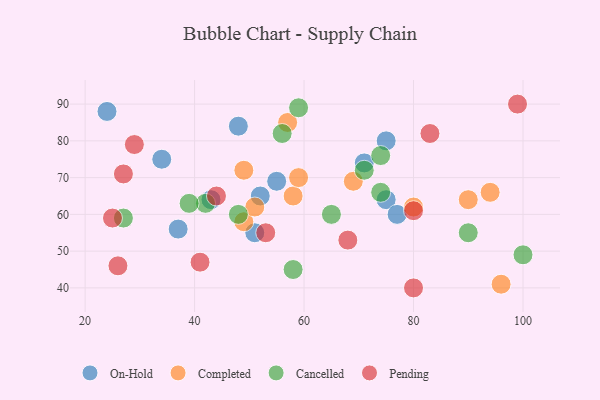
{"axis": {"x": "GDP", "y": "Life Expectancy"}, "legend": ["Cancelled", "Completed", "On-Hold", "Pending"], "data": [{"x": "71", "y": 74, "type": "On-Hold"}, {"x": "34", "y": 75, "type": "On-Hold"}, {"x": "52", "y": 65, "type": "On-Hold"}, {"x": "24", "y": 88, "type": "On-Hold"}, {"x": "75", "y": 64, "type": "On-Hold"}, {"x": "48", "y": 84, "type": "On-Hold"}, {"x": "51", "y": 55, "type": "On-Hold"}, {"x": "77", "y": 60, "type": "On-Hold"}, {"x": "37", "y": 56, "type": "On-Hold"}, {"x": "55", "y": 69, "type": "On-Hold"}, {"x": "43", "y": 64, "type": "On-Hold"}, {"x": "75", "y": 80, "type": "On-Hold"}, {"x": "58", "y": 65, "type": "Completed"}, {"x": "69", "y": 69, "type": "Completed"}, {"x": "57", "y": 85, "type": "Completed"}, {"x": "90", "y": 64, "type": "Completed"}, {"x": "94", "y": 66, "type": "Completed"}, {"x": "49", "y": 58, "type": "Completed"}, {"x": "80", "y": 62, "type": "Completed"}, {"x": "51", "y": 62, "type": "Completed"}, {"x": "59", "y": 70, "type": "Completed"}, {"x": "49", "y": 72, "type": "Completed"}, {"x": "96", "y": 41, "type": "Completed"}, {"x": "65", "y": 60, "type": "Cancelled"}, {"x": "48", "y": 60, "type": "Cancelled"}, {"x": "56", "y": 82, "type": "Cancelled"}, {"x": "42", "y": 63, "type": "Cancelled"}, {"x": "39", "y": 63, "type": "Cancelled"}, {"x": "59", "y": 89, "type": "Cancelled"}, {"x": "71", "y": 72, "type": "Cancelled"}, {"x": "90", "y": 55, "type": "Cancelled"}, {"x": "100", "y": 49, "type": "Cancelled"}, {"x": "27", "y": 59, "type": "Cancelled"}, {"x": "74", "y": 76, "type": "Cancelled"}, {"x": "58", "y": 45, "type": "Cancelled"}, {"x": "74", "y": 66, "type": "Cancelled"}, {"x": "29", "y": 79, "type": "Pending"}, {"x": "25", "y": 59, "type": "Pending"}, {"x": "53", "y": 55, "type": "Pending"}, {"x": "41", "y": 47, "type": "Pending"}, {"x": "68", "y": 53, "type": "Pending"}, {"x": "27", "y": 71, "type": "Pending"}, {"x": "80", "y": 61, "type": "Pending"}, {"x": "26", "y": 46, "type": "Pending"}, {"x": "99", "y": 90, "type": "Pending"}, {"x": "44", "y": 65, "type": "Pending"}, {"x": "83", "y": 82, "type": "Pending"}, {"x": "80", "y": 40, "type": "Pending"}]}